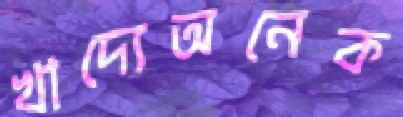
খাদ্যেঅনেক